Annual report on the Civil Veterinary Department, Burma (including the Insein Veterinary School) - 1923-1931
Year: 1923
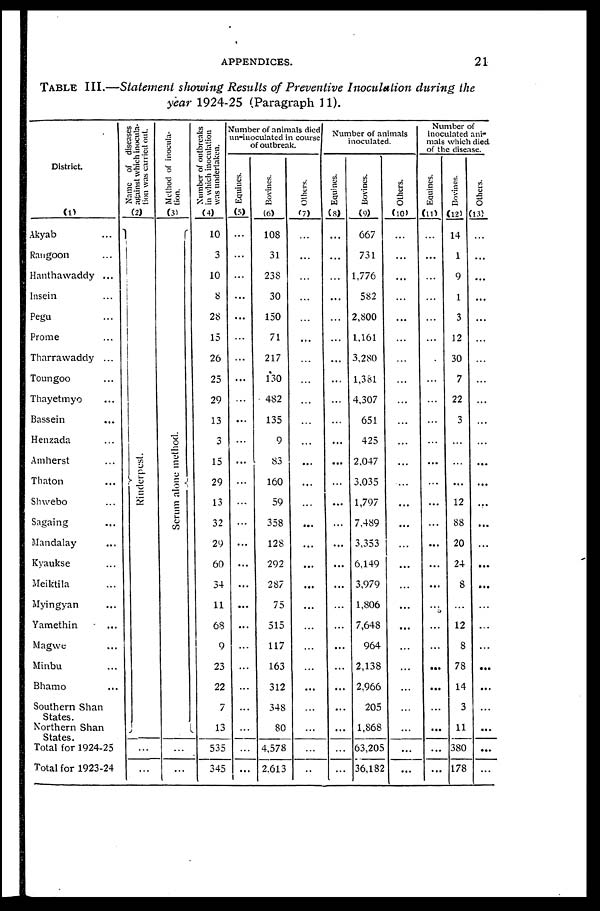
APPENDICES.
21
TABLE III.—Statement showing Results of Preventive
Inoculation
during
the
year 1924-25 (Paragraph 11).
District
(1)
Akyab ...
Rangoon ...
Hanthawaddy ...
Insein ...
Pegu ...
Prome ...
Tharrawaddy ...
Toungoo ...
Thayetmyo ...
Bassein ...
Henzada ...
Amherst ...
Thaton ...
Shwebo ...
Sagaing ...
Mandalay ...
Kyaukse ...
Meiktila ...
Myingyan ...
Yamethin ...
Magwe ...
Minbu ...
Bhamo ...
Southern Shan
States.
Northern Shan
States.
Total for 1924-25
Total for 1923-24
Name of diseases
against which inocula-
tion was carried out.
(2)
Rinderpest.
...
...
Method of inocula-
tion.
(3)
Scrum alone method.
...
...
Number of outbreaks
in which inoculation
was undertaken.
(4)
10
3
10
8
28
15
26
25
29
13
3
15
29
13
32
29
60
34
11
68
9
23
22
7
13
535
345
Number of animals died
un-inoculated in course
of outbreak.
Equines.
(5)
...
...
...
...
...
...
...
...
...
...
...
...
...
...
...
...
...
...
...
...
...
...
...
...
...
...
...
Bovines.
(6)
108
31
238
30
150
71
217
130
482
135
9
83
160
59
358
128
292
287
75
515
117
163
312
348
80
4,578
2,613
Others.
(7)
...
...
...
...
...
...
...
...
...
...
...
...
...
...
...
...
...
...
...
...
...
...
...
...
...
...
...
Number of animals
inoculated.
Equines.
(8)
...
...
...
...
...
...
...
...
...
...
...
...
...
...
...
...
...
...
...
...
...
...
...
...
...
...
...
Bovines.
(9)
667
731
1,776
582
2,800
1,161
3,280
1,381
4,307
651
425
2,047
3,035
1,797
7,489
3,353
6,149
3,979
1,806
7,648
964
2,138
2,966
205
1,868
63,205
36,182
Others.
(10)
...
...
...
...
...
...
...
...
...
...
...
...
...
...
...
...
...
...
...
...
...
...
...
...
...
...
...
Number of
inoculated ani-
mals which died
of the disease.
Equines.
(11)
...
...
...
...
...
...
...
...
...
...
...
...
...
...
...
...
...
...
...
...
...
...
...
...
...
...
...
Bovines.
(12)
14
1
9
1
3
12
30
7
22
3
...
...
...
12
88
20
24
8
...
12
8
78
14
3
11
380
178
Others.
(13)
...
...
...
...
...
...
...
...
...
...
...
...
...
...
...
...
...
...
...
...
...
...
...
...
...
...
...